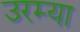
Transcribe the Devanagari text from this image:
उरम्या